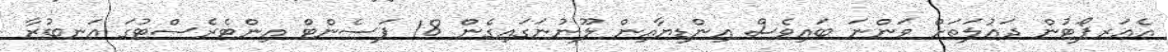
އެއަރޕޯޓުން ދައުލަތަށް ވަންނަ ބައިވެސް އިންޑިޔާއިން ލޫނުނަގައިގެން 18 ޕަސެންޓް އިންޓެރެސްޓުގަ އަނބުރާ